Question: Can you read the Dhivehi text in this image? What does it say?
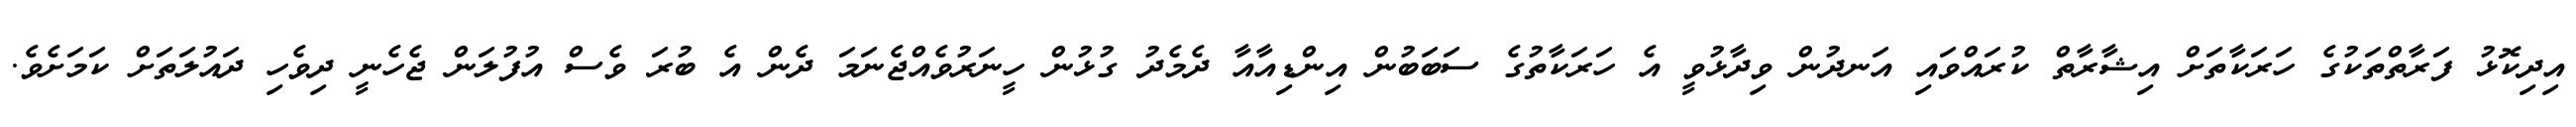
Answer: އިދިކޮޅު ފަރާތްތަކުގެ ހަރަކާތަށް އިޝާރާތް ކުރައްވައި އަނދުން ވިދާޅުވީ އެ ހަރަކާތުގެ ސަބަބުން އިންޑިއާއާ ދެމެދު ގުޅުން ހީނަރުވެއްޖެނަމަ ދެން އެ ބުރަ ވެސް އުފުލަން ޖެހެނީ ދިވެހި ދައުލަތަށް ކަމަށެވެ.